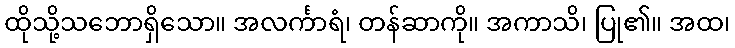
ထိုသို့သဘောရှိသော။ အလင်္ကာရံ၊ တန်ဆာကို။ အကာသိ၊ ပြု၏။ အထ၊